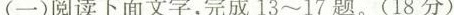
(一)阅读下面文字，完成13~17题。(18分)